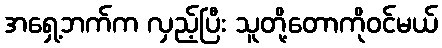
အရှေ့ဘက်က လှည့်ပြီး သူတို့တောကိုဝင်မယ်